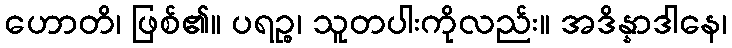
ဟောတိ၊ ဖြစ်၏။ ပရဉ္စ၊ သူတပါးကိုလည်း။ အဒိန္နာဒါနေ၊